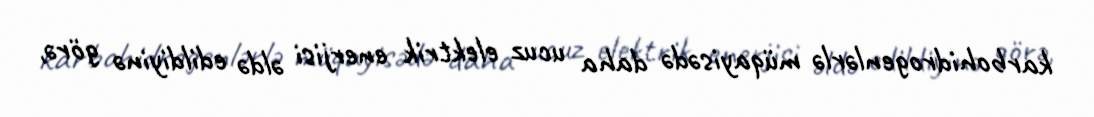
karbohidrogenlərlə müqayisədə daha ucuz elektrik enerjisi əldə edildiyinə görə,